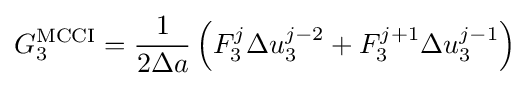
G_{3}^{\text{MCCI}}={\frac {1}{2\Delta a}}\left(F_{3}^{j}{\Delta u_{3}^{j-2}}+F_{3}^{j+1}{\Delta u_{3}^{j-1}}\right)